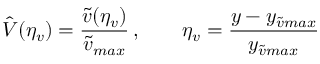
\hat { V } ( \eta _ { v } ) = \frac { \Tilde { v } ( \eta _ { v } ) } { \Tilde { v } _ { m a x } } \, , \qquad \eta _ { v } = \frac { y - y _ { \tilde { v } m a x } } { y _ { \tilde { v } m a x } }